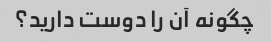
چگونه آن را دوست دارید؟